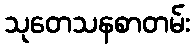
သုတေသနစာတမ်း